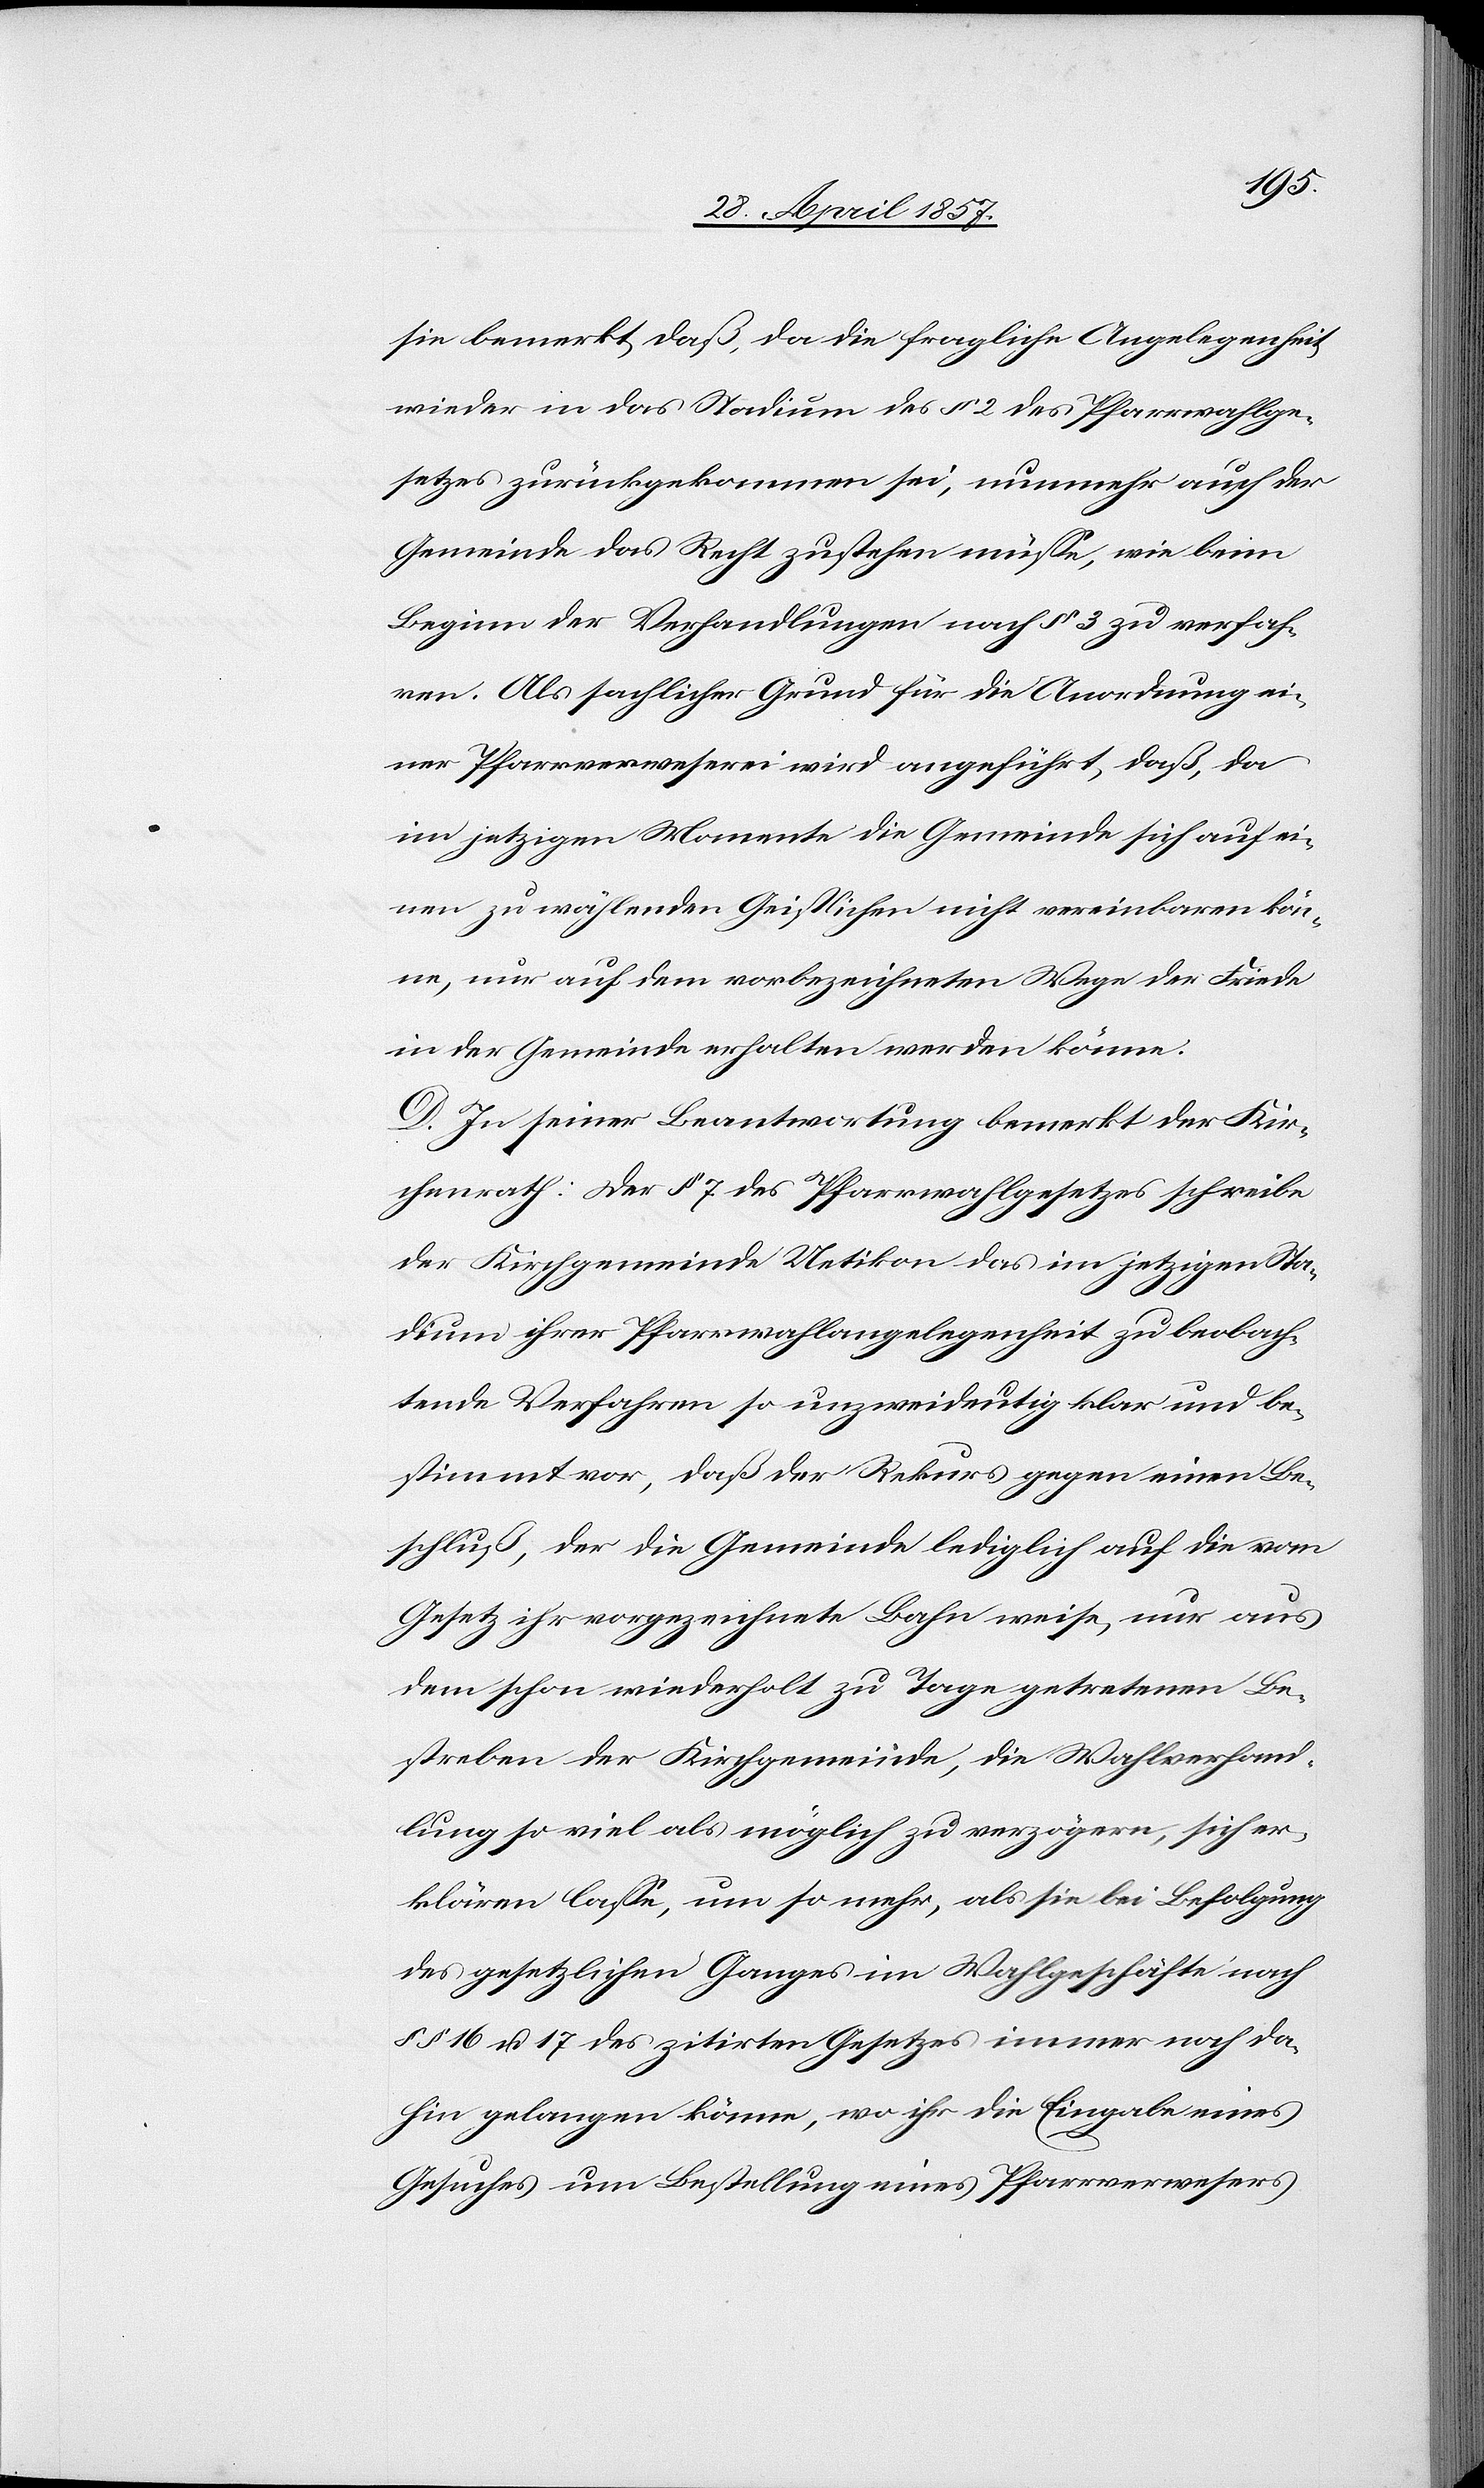
sie bemerkt daß, da die fragliche Angelegenheit
wieder in das Stadium des § 2 des Pfarrwahlge¬
setzes zurückgekommen sei, nunmehr auch der
Gemeinde das Recht zustehen müße, wie beim
Beginn der Verhandlungen nach § 3 zu verfah¬
ren. Als sachlicher Grund für die Anordnung ei¬
ner Pfarrverweserei wird angeführt, daß, da
im jetzigen Momente die Gemeinde sich auf ei¬
nen zu wählenden Geistlichen nicht vereinbaren kön¬
ne, nur auf dem vorbezeichneten Wege der Friede
in der Gemeinde erhalten werden könne.
D. In seiner Beantwortung bemerkt der Kir¬
chenrath: Der § 7 des Pfarrwahlgesetzes schreibe
der Kirchgemeinde Uetikon das im jetzigen Sta¬
dium ihrer Pfarrwahlangelegenheit zu beobach¬
tende Verfahren so unzweideutig klar und be¬
stimmt vor, daß der Rekurs gegen einen Be¬
schluß, der die Gemeinde lediglich auf die vom
Gesetz ihr vorgezeichnete Bahn weise, nur aus
dem schon wiederholt zu Tage getretenen Be¬
streben der Kirchgemeinde, die Wahlverhand¬
lung so viel als möglich zu verzögern, sich er¬
klären laße, um so mehr, als sie bei Befolgung
des gesetzlichen Ganges im Wahlgeschäfte nach
§§ 16 u. 17 des zitirten Gesetzes immer noch da¬
hin gelangen könne, wo ihr die Eingabe eines
Gesuches um Bestellung eines Pfarrverwesers